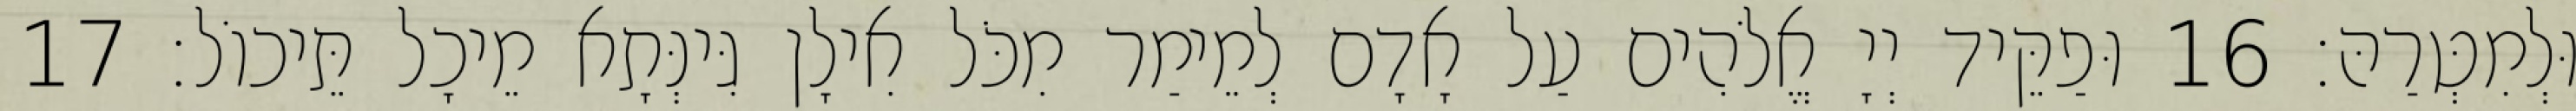
וּלְמִטְּרַהּ׃ 16 וּפַקֵּיד יְיָ אֱלֹהִים עַל אָדָם לְמֵימַר מִכֹּל אִילָן גִּינְּתָא מֵיכָל תֵּיכוֹל׃ 17